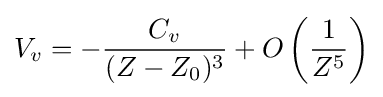
V_{v}=-{\frac {C_{v}}{(Z-Z_{0})^{3}}}+O\left({\frac {1}{Z^{5}}}\right)